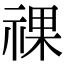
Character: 祼